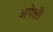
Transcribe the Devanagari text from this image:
अपेक्षी